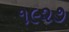
૧૯૨૭